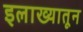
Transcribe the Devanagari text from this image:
इलाख्यातून